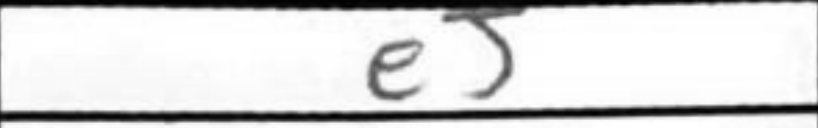
Transcription: e5